Annual report on the health of the army in India
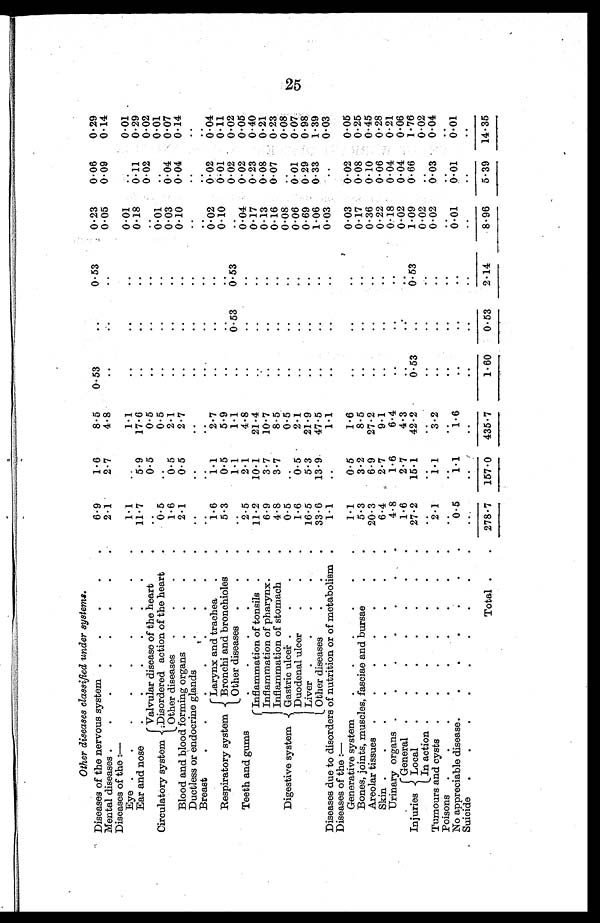
Other diseases classified under systems.
Diseases of the nervous system .
.
.
.
.
6 . 9
1.6
8.5
0.53
..
0.53
0.23
0.06
0.29
Mental diseases .
.
. . . . .
2.1
2.7
4.8
..
..
..
0.05
0.09
0.14
Diseases of the :
—
Eye .
.
.
.
.
.
.
.
.
1.1
. .
1.1
..
..
..
0.01
..
0.01
Ear and nose
. . . . .
11.7
5.9
17.6
..
..
..
0.18
0.11
0.29
Circulatory rculatory system
valvular disease of the heart
..
0.5
0.5
..
..
. .
. .
0.02
0.02
Disordered action of the heart
.
0.5
. .
0.5
. .
..
..
0.01
..
0.01
Other diseases
.
.
.
.
1.6
0.5
2.1
..
..
..
0.03
0.04
0.07
Blood and blood forming organs .
.
.
.
2.1
0.5
2.7
..
..
..
0.10
0.04
0.14
Ductless or endocrine glands
..
..
..
..
..
..
..
..
. .
Breast
.
. . . ' .
. . .
. .
. .
..
..
..
..
..
.. ..
Respiratory system
Larynx and trachea
.
.
1.6
1.1
2.7
..
..
. .
O.02
0.02
0.04
Bronchi and bronchioles
.
5.3
0.5
5.9
..
..
..
0.10
0.01
0.11
Other diseases .
.
.
..
14
1.1
..
0.53
0.53
..
0.02
0.02
Teeth and gum
2.5
2.1
4.8
..
..
..
0.04
0.02
0.05
Digestive system .
I n f l a m m a t i o n o f t o n s i l s . .
11.2
10.1
21.4
..
..
..
0.17
0.23
0.40
Inflammation of pharynx
6.9
3.7
10.7
..
..
..
0.13
0.08
0.21
Inflammation of stomach
4.8
3.7
8.5
..
..
..
0.16
0.07
0.23
Gastriculcer .
.
.
.
0.5
..
0.5
..
..
..
0.08
..
0.08
Duodenal ulcer
.
.
.
1.6
0.5
2.1
..
.. ..
0.06
0.01
0.07
Liver .
.
.
.
16.5
5.3
21.9
..
..
..
0.69
0.29
0.98
Other diseases
.
.
.
33.6
13.9
47.5
..
.. ..
1.06
0.33
1.39
Diseases due to disorders of nutrition or of metabolism .
Diseases of the :—
1.1
..
1.1
..
..
..
0.03
..
0.03
Generative system
.
1.1
0.5
1.6
..
..
..
0.03
0.02
0.05
Bones, joints, muscles, fasciae and bursae
5.3
3.2
8.5
..
..
..
0.17
0.08
0.25
Areolar tissues
. . . . . . .
20.3
6.9
27.2
..
..
..
0.36
0.10
0.45
Skin .
.
.
.
.
.
.
.
.
6.4
2.7
9.1
..
..
..
0.22
0.06
0.28
Urinary organs .
.
.
.
.
.
.
4.8
1.6
6.4
..
.. ..
0.18
0.04
0.21
Injuries
General .
.
.
.
.
.
.
1.6
2.7
4.3.
..
.
.. ..
0.02
0.04
0.06
Local
. . . . . . .
27.2
15.1
42.2
0.53
..
0.53
1.09
0.66
1.76
In action .
.
.
..
.
..
..
..
..
..
..
0.2
..
0.02
Tumours and cysts
. . . . . . .
2.1
1.1
3.2
..
..
..
0.02
0.03
0.04
Poisons
. . .
..
. .
.. ..
..
.. .. .. ..
No appreciable disease.
.
.
.
.
.
.
0.5
1.1
1.6
..
..
..
0.01
0.01
0.01
Suicide
. . . . . . .
..
..
..
..
..
..
..
..
..
Total .
. 278.7
157.0
435.7
1.60
0.53
2.14
8.96
5.39
14.35
25